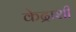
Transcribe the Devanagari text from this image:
केद्राशी